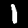
Label: 1